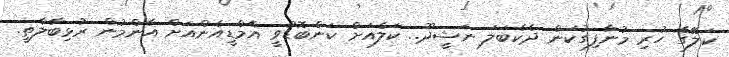
ކަލޭގެ ހުރި މުނާފިގުކަން ދެކެބަލަ ނަޝީދޫ.. ކަލެއަށް ކަންބޮޑުވީ އެމްޑީއެންއަށް އާންމުން ރުޅިބާލާތީ.